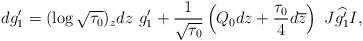
LaTeX: \begin{align*} dg_1'=(\log\sqrt{\tau_0})_zdz\ g'_1+\frac{1}{\sqrt{\tau_0}}\left(Q_0dz+\frac{\tau_0}{4}d\overline{z}\right)\ J\widehat{g_1'}I,\end{align*}